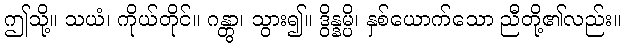
ဤသို့။ သယံ၊ ကိုယ်တိုင်။ ဂန္တွာ၊ သွား၍။ ဒွိန္နမ္ပိ၊ နှစ်ယောက်သော ညီတို့၏လည်း။